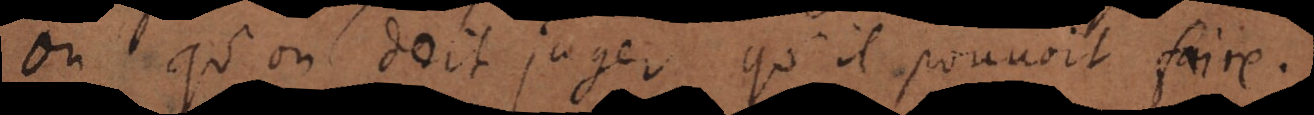
ou qu’on doit juger qu’il pouvoit faire.